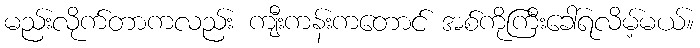
မည်းလိုက်တာကလည်း ကျီးကန်းကတောင် အစ်ကိုကြီးခေါ်ရလိမ့်မယ်။